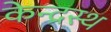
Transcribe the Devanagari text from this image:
केन्द्रस्थ